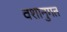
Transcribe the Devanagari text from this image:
वशानुगत